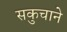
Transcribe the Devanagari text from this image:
सकुचाने